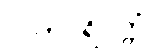
လဟုပရိဝတ္တံ